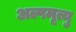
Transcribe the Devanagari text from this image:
अल्पमृत्यु